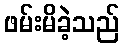
ဖမ်းမိခဲ့သည်